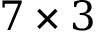
7 \times 3